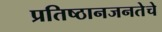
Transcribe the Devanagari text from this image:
प्रतिष्ठानजनतेचे